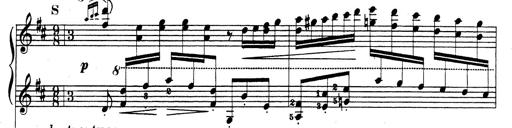
Title: Rhapsodie espagnole
Composer: Franz Liszt